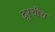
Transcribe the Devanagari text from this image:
दूरचीच